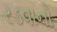
રડવાનો